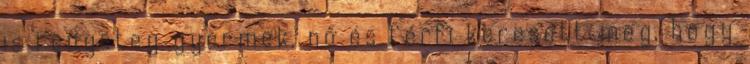
is rengeteg gyermek, nő és férfi keresett meg, hogy